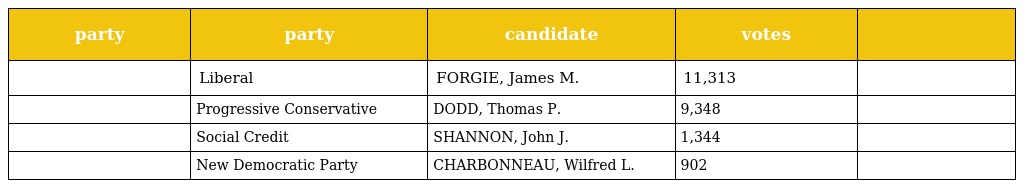
| party | party | candidate | votes |  |
 | --- | --- | --- | --- | --- |
 |  | Liberal | FORGIE, James M. | 11,313 |  |
 |  | Progressive Conservative | DODD, Thomas P. | 9,348 |  |
 |  | Social Credit | SHANNON, John J. | 1,344 |  |
 |  | New Democratic Party | CHARBONNEAU, Wilfred L. | 902 |  |